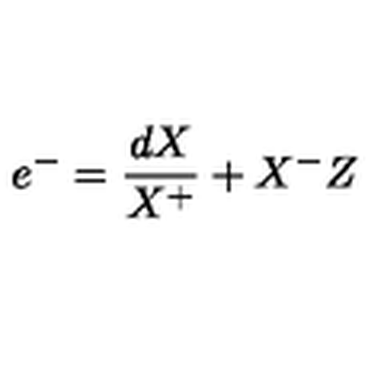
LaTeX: e ^ { - } = \frac { d X } { X ^ { + } } + X ^ { - } Z